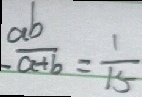
- \frac { a b } { a + b } = \frac { 1 } { 1 5 }